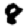
Digit: 8